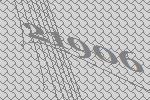
21906